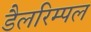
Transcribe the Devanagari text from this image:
डैलरिम्पल